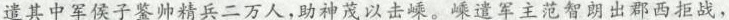
遣其中军侯子鉴帅精兵二万人，助神茂以击嵊。嵊遣军主范智朗出郡西拒战，